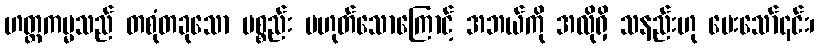
ဟတ္ထကမ္မသည် တစုံတခုသော ပစ္စည်း မဟုတ်သောကြောင့် အဘယ်ကို အလိုရှိ သနည်းဟု မေးသော်၎င်း၊